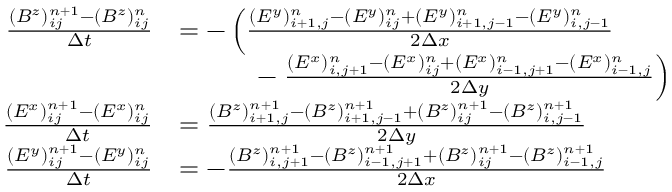
\begin{array} { r l } { \frac { ( B ^ { z } ) _ { i j } ^ { n + 1 } - ( B ^ { z } ) _ { i j } ^ { n } } { \Delta t } } & { = - \left( \frac { ( E ^ { y } ) _ { i + 1 , j } ^ { n } - ( E ^ { y } ) _ { i j } ^ { n } + ( E ^ { y } ) _ { i + 1 , j - 1 } ^ { n } - ( E ^ { y } ) _ { i , j - 1 } ^ { n } } { 2 \Delta x } \right. } \\ & { \quad \quad \quad - \left. \frac { ( E ^ { x } ) _ { i , j + 1 } ^ { n } - ( E ^ { x } ) _ { i j } ^ { n } + ( E ^ { x } ) _ { i - 1 , j + 1 } ^ { n } - ( E ^ { x } ) _ { i - 1 , j } ^ { n } } { 2 \Delta y } \right) } \\ { \frac { ( E ^ { x } ) _ { i j } ^ { n + 1 } - ( E ^ { x } ) _ { i j } ^ { n } } { \Delta t } } & { = \frac { ( B ^ { z } ) _ { i + 1 , j } ^ { n + 1 } - ( B ^ { z } ) _ { i + 1 , j - 1 } ^ { n + 1 } + ( B ^ { z } ) _ { i j } ^ { n + 1 } - ( B ^ { z } ) _ { i , j - 1 } ^ { n + 1 } } { 2 \Delta y } } \\ { \frac { ( E ^ { y } ) _ { i j } ^ { n + 1 } - ( E ^ { y } ) _ { i j } ^ { n } } { \Delta t } } & { = - \frac { ( B ^ { z } ) _ { i , j + 1 } ^ { n + 1 } - ( B ^ { z } ) _ { i - 1 , j + 1 } ^ { n + 1 } + ( B ^ { z } ) _ { i j } ^ { n + 1 } - ( B ^ { z } ) _ { i - 1 , j } ^ { n + 1 } } { 2 \Delta x } } \end{array}